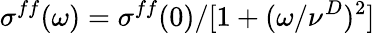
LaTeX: \sigma^{ff}(\omega)=\sigma^{ff}(0)/[1+(\omega/\nu^{D})^{2}]